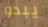
يبدو